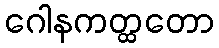
ဂေါနကတ္ထတော